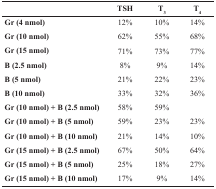
| <COLSPAN=2>  | TSH | T3 | T4 |
 | --- | --- | --- | --- | --- |
 | Gr (4 nmol) | <COLSPAN=2> 12% | 10% | 14% |
 | Gr (10 nmol) | <COLSPAN=2> 62% | 55% | 68% |
 | Gr (15 nmol) | <COLSPAN=2> 71% | 73% | 77% |
 | B (2.5 nmol) | <COLSPAN=2> 8% | 9% | 14% |
 | B (5 nmol) | <COLSPAN=2> 21% | 22% | 23% |
 | B (10 nmol) | <COLSPAN=2> 33% | 32% | 36% |
 | <COLSPAN=2> Gr (10 nmol) + B (2.5 nmol) | 58% | 59% |  |
 | Gr (10 nmol) + B (5 nmol) | <COLSPAN=2> 59% | 23% | 23% |
 | Gr (10 nmol) + B (10 nmol) | <COLSPAN=2> 21% | 14% | 10% |
 | Gr (15 nmol) + B (2.5 nmol) | <COLSPAN=2> 67% | 50% | 64% |
 | Gr (15 nmol) + B (5 nmol) | <COLSPAN=2> 25% | 18% | 27% |
 | Gr (15 nmol) + B (10 nmol) | <COLSPAN=2> 17% | 9% | 14% |